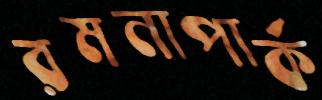
রমনাপার্ক